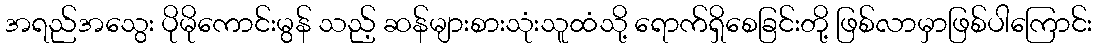
အရည်အသွေး ပိုမိုကောင်းမွန် သည့် ဆန်များစားသုံးသူထံသို့ ရောက်ရှိစေခြင်းတို့ ဖြစ်လာမှာဖြစ်ပါကြောင်း